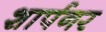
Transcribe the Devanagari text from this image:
शार्पनर